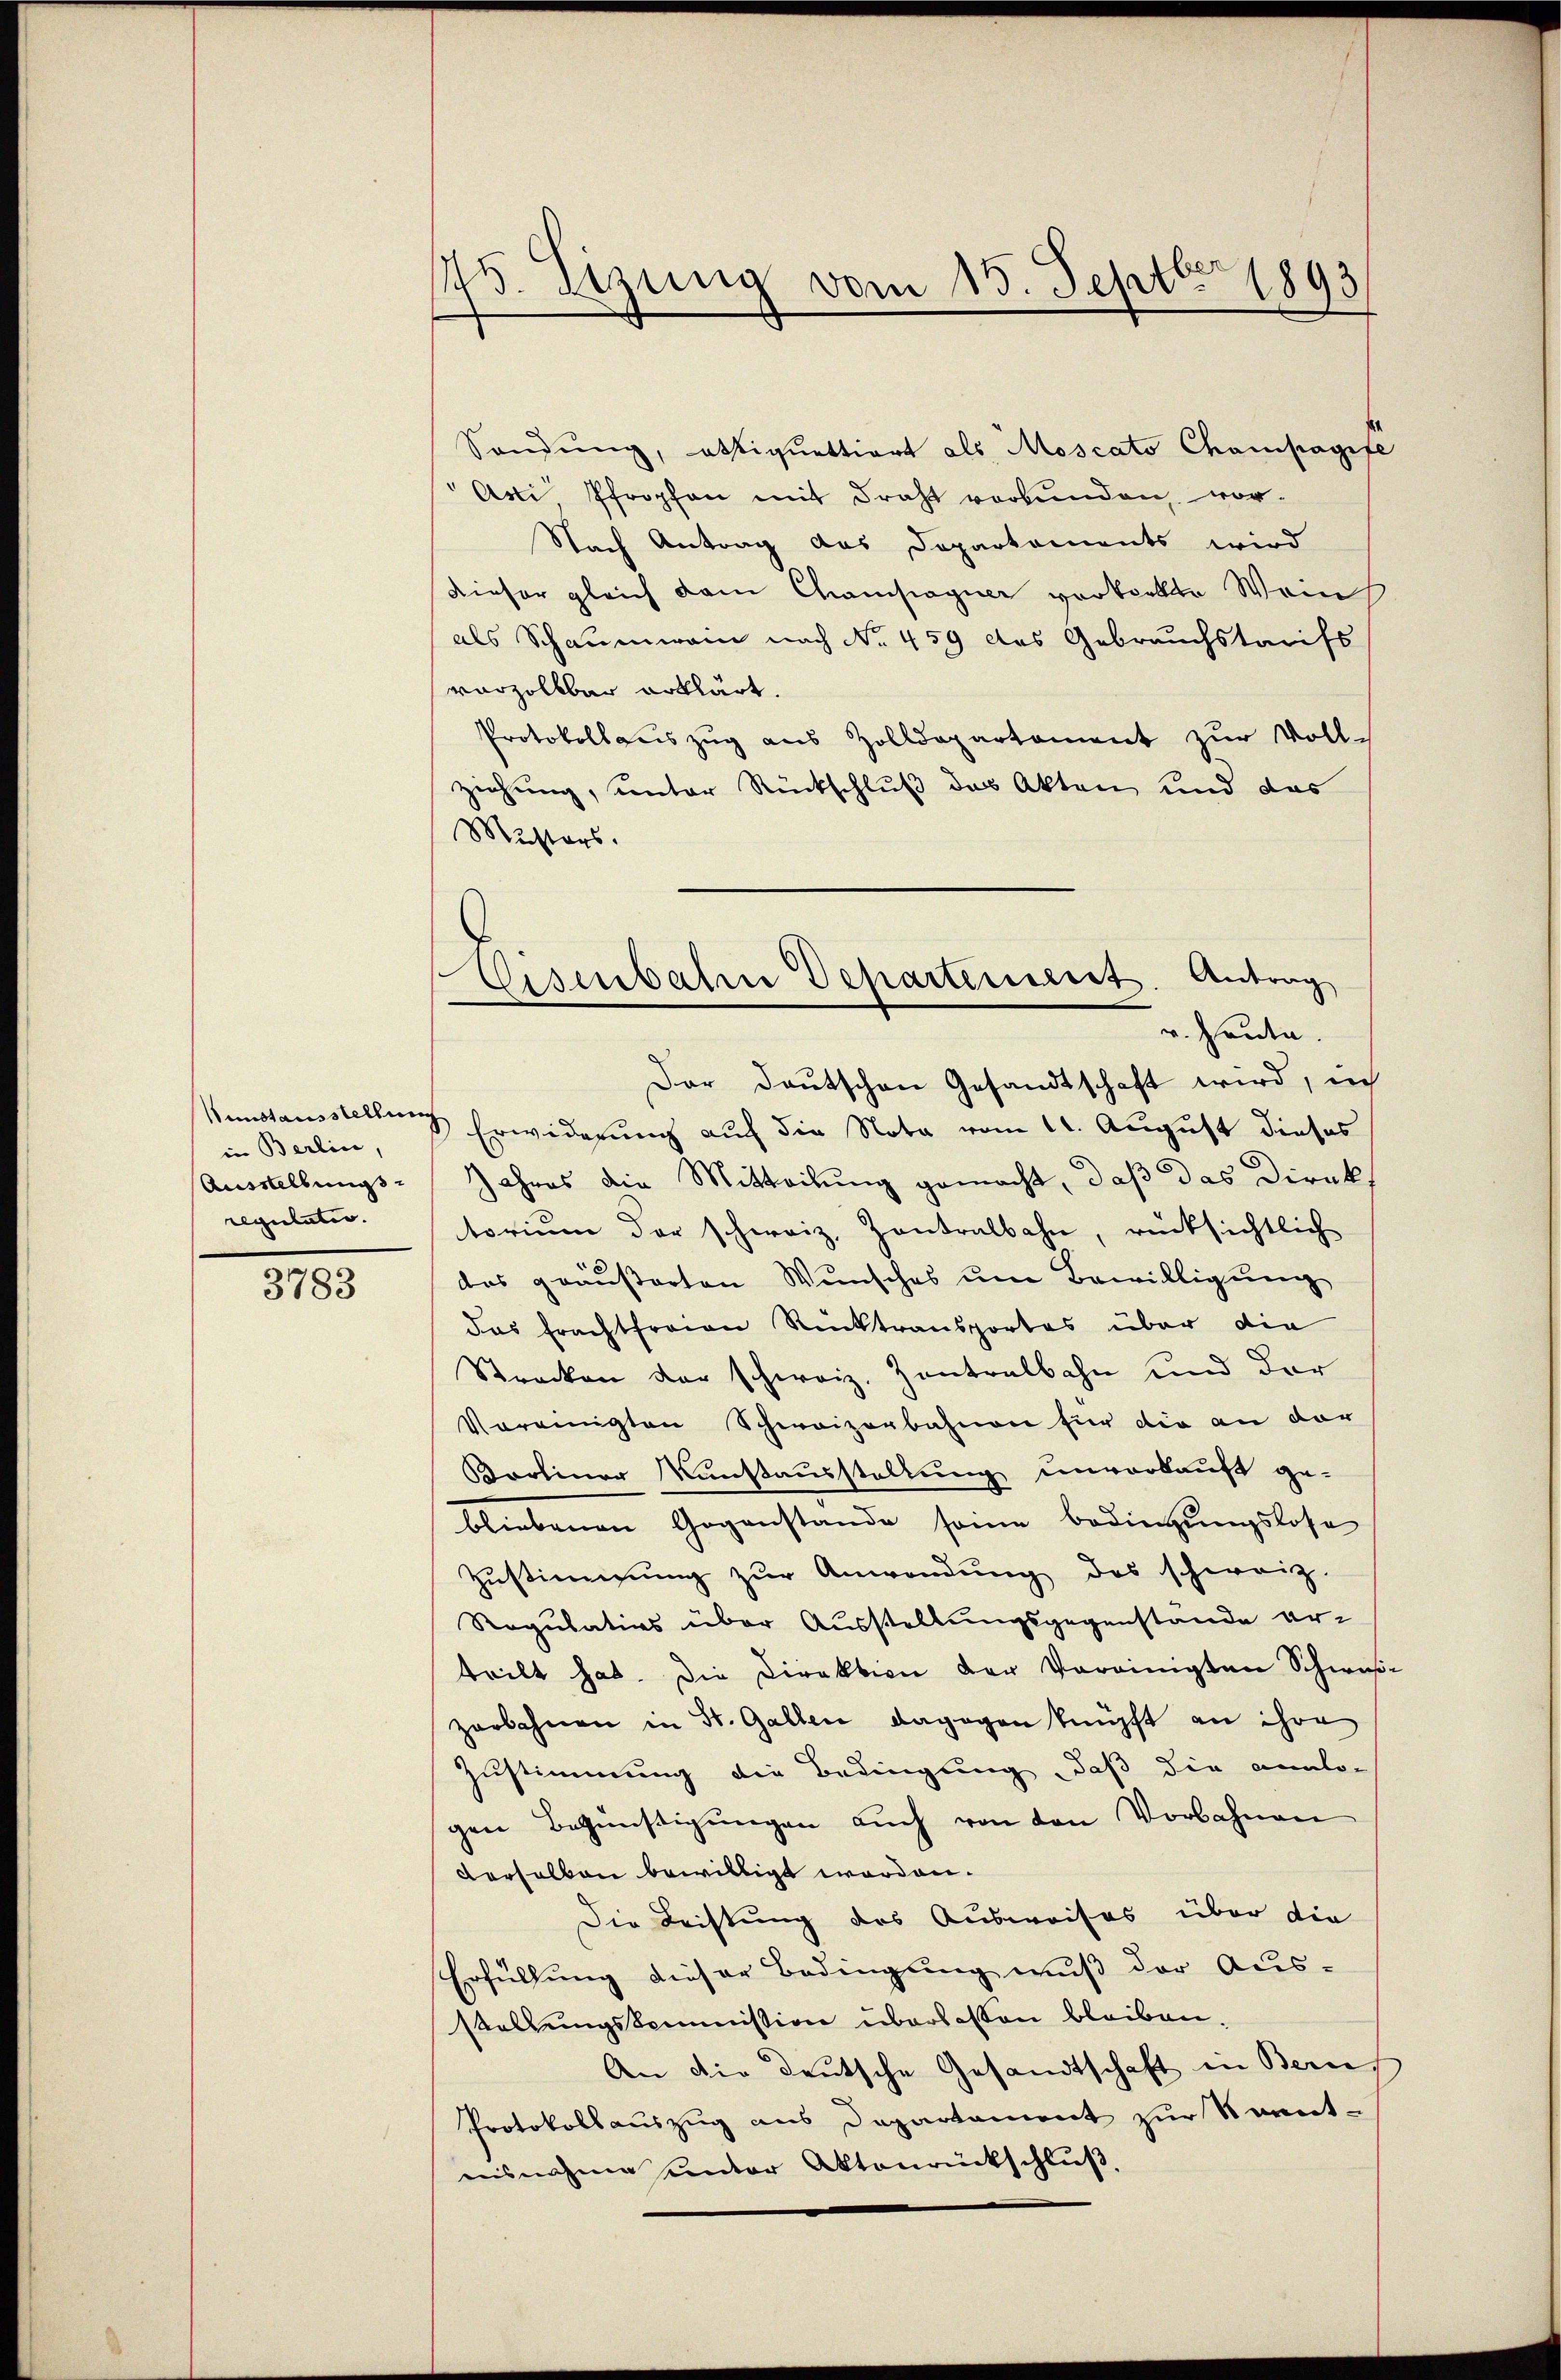
in Berlin,
Ausstellungs-
regulatio

3783

175. Sitzung vom 15. Septbr 1893

Eisenbahre Departensent. Antrag
v. Heute

Sendung, obliquettiert als Moscato Champagife
Avi Pfropfen mit draht verbunden, vor¬
Nach Antrag das Departaments wird
Dieser gleich dem Champagner vorteilte Wein
als Schaumerain nach No. 459 das Gebrauchstaufs
varzollbar erklärt.
Protokollauszug aus Zolldepartament zur Voll-
ziehung, unter Rückschluß das Akten und das
Musters.
Der Deutschen Gesandtschaft wird, in
anstausstellung Erwiderung auf die Nota vom 11. August dieses
Jahres die Mitteilung gemacht, daß das Direktorium der schweiz. Zentralbahn, rücksichtlich
das geäusserten Wunsches um Bewilligung
das Frachtfreien Rücktransportes über die
Strecken der schweiz. Zentralbahn und der
Vereinigten Schweizerbahnen für die an dor
Boreiner Kunstausstellung unverkauft ge-
bliebenen Gegenstande seine bedingungslose
Zŭstimmung zŭr Anwendŭng des schweiz.
Regulativs über Ausstellungsgegenstände erteilt hat. Die Direktion der Vereinigten Schweizerbahnen in St. Gallen dagegen knüpft an ihre
Zustimmung die Bedingung, daß die analo-
gen Begünstigungen auch von den Vorbahnen
derselben bewilligt worden.
Die Leistung des Ausweises über die
Erfüllung dieser Bedingung muß der Aus-
stellungskommission überlassen bleiben.
An die deutsche Gesandtschaft in Bern,
Protokollauszug aus Departament zur Kennt-
ausnahme unter Aktenrückschluß,